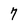
Character: 7